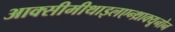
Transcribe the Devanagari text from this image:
आक्सीमीथाइलएन्थ्राक्यूनोन